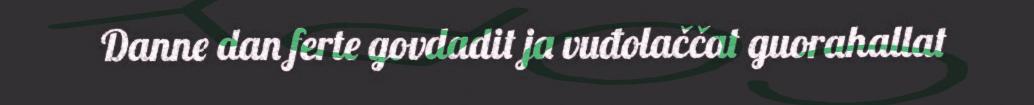
Danne dan ferte govdadit ja vuđolaččat guorahallat